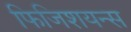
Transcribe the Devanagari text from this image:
फिजिशयन्स